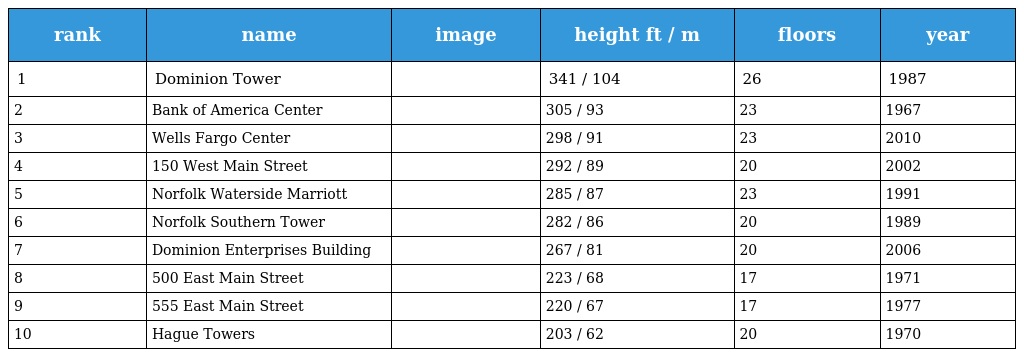
| rank | name | image | height ft / m | floors | year |
 | --- | --- | --- | --- | --- | --- |
 | 1 | Dominion Tower |  | 341 / 104 | 26 | 1987 |
 | 2 | Bank of America Center |  | 305 / 93 | 23 | 1967 |
 | 3 | Wells Fargo Center |  | 298 / 91 | 23 | 2010 |
 | 4 | 150 West Main Street |  | 292 / 89 | 20 | 2002 |
 | 5 | Norfolk Waterside Marriott |  | 285 / 87 | 23 | 1991 |
 | 6 | Norfolk Southern Tower |  | 282 / 86 | 20 | 1989 |
 | 7 | Dominion Enterprises Building |  | 267 / 81 | 20 | 2006 |
 | 8 | 500 East Main Street |  | 223 / 68 | 17 | 1971 |
 | 9 | 555 East Main Street |  | 220 / 67 | 17 | 1977 |
 | 10 | Hague Towers |  | 203 / 62 | 20 | 1970 |